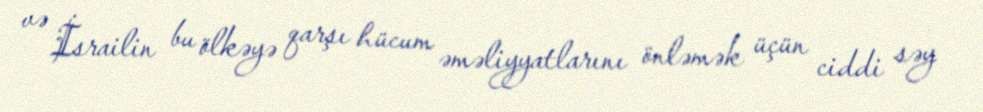
və İsrailin bu ölkəyə qarşı hücum əməliyyatlarını önləmək üçün ciddi səy